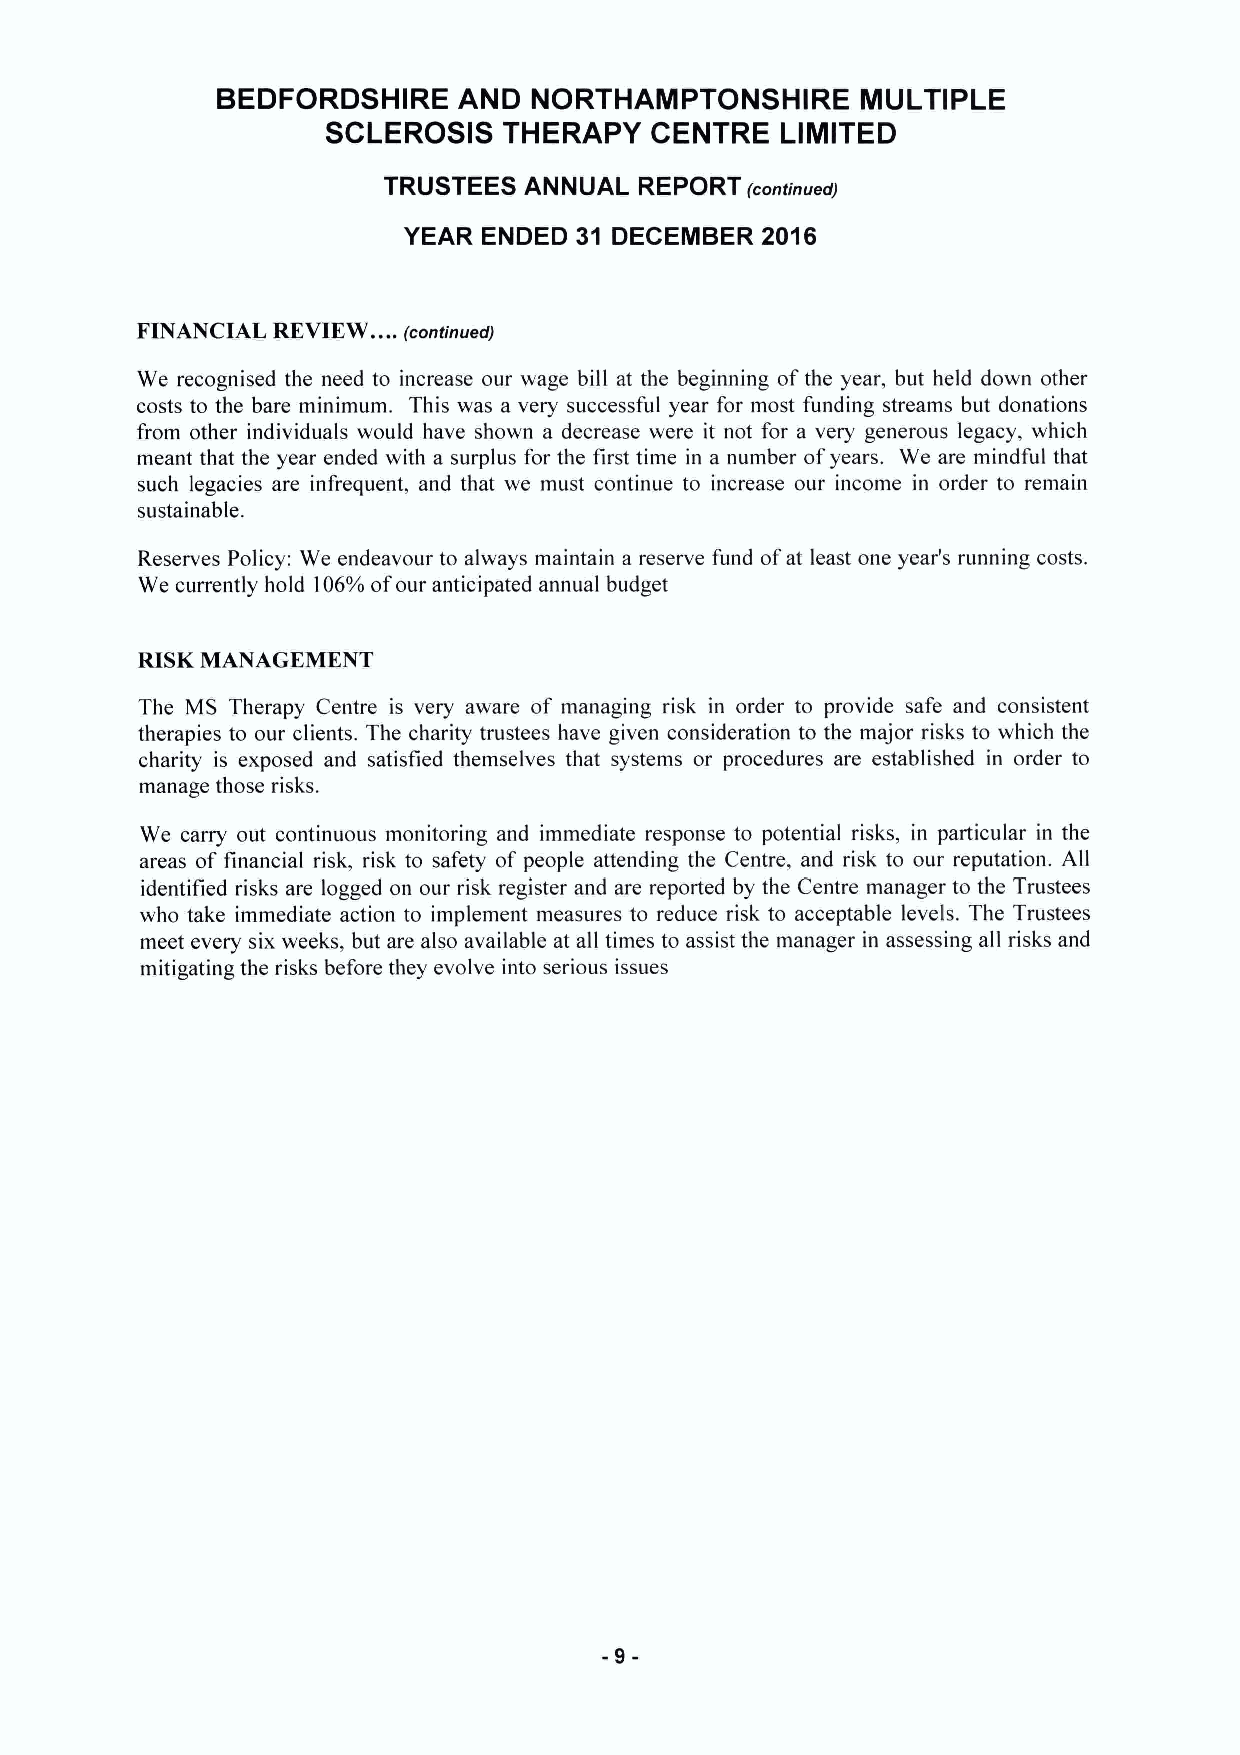
BEDFORDSHIRE    AND  NORTHAMPTONSHIRE      MULTIPLE
 SCLEROSIS  THERAPY   CENTRE   LIMITED
 TRUSTEES  ANNUAL REPORT (continued)
 YEAR ENDED 31 DECEMBER 2016
 FINANCIAL
 REVIEW...
 . (continued)
 We recognised the need to increase our wage bill at the beginning ofthe year, but held down other
 costs to the bare minimum. This was a very successful year for most funding streams but donations
 from other individuals would have shown a decrease were it not for a very generous legacy, which
 meant that the year ended with a surplus for the first time in a number ofyears. We are mindful that
 such legacies are infrequent, and that we must continue to increase our income in order to remain
 sustainable.
 Reserves Policy: We endeavour to always maintain a reserve fund ofat least one year's running costs.
 We currently hold 106'/0 ofour anticipated annual budget
 RISKMANAGEMENT
 The MS Therapy Centre is very aware of managing risk in order to provide safe and consistent
 therapies to our clients. The charity trustees have given consideration to the major risks to which the
 charity is exposed and satisfied themselves that systems or procedures are established in order to
 manage those risks.
 We carry out continuous monitoring and immediate response to potential risks, in particular in the
 areas of financial risk, risk to safety of people attending the Centre, and risk to our reputation. All
 identified risks are logged on our risk register and are reported by the Centre manager to the Trustees
 who take immediate action to implement measures to reduce risk to acceptable levels. The Trustees
 meet every six weeks, but are also available at all times to assist the manager in assessing all risks and
 mitigating the risks before they evolve into serious issues
 -9-